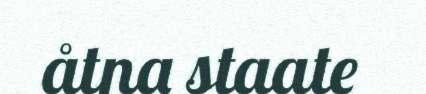
åtna staate